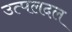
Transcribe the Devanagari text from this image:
उत्पलदल